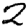
Digit: 2